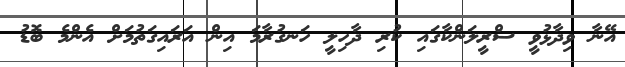
އޭނާ ވިދާޅުވީ ސްރީލަންކާގައި ކުރި ދާހިލީ ހަނގުރާމަ އިން އަރައިގަތުމަށް އެންމެ ބޮޑު